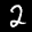
Label: 2